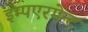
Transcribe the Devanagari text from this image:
इम्पएरमेन्ट